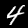
Label: 4